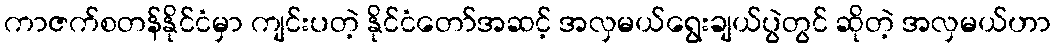
ကာဇက်စတန်နိုင်ငံမှာ ကျင်းပတဲ့ နိုင်ငံတော်အဆင့် အလှမယ်ရွေးချယ်ပွဲတွင် ဆိုတဲ့ အလှမယ်ဟာ